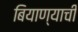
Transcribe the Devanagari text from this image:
बियाण्याची